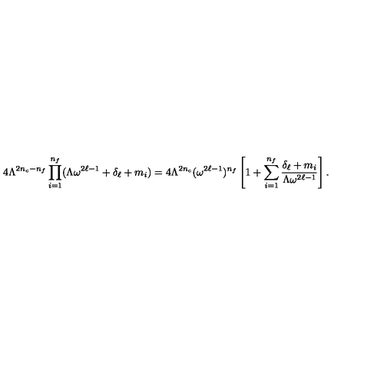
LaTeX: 4 \Lambda ^ { 2 n _ { c } - n _ { f } } \prod _ { i = 1 } ^ { n _ { f } } ( \Lambda \omega ^ { 2 \ell - 1 } + \delta _ { \ell } + m _ { i } ) = 4 \Lambda ^ { 2 n _ { c } } ( \omega ^ { 2 \ell - 1 } ) ^ { n _ { f } } \left[ 1 + \sum _ { i = 1 } ^ { n _ { f } } \frac { \delta _ { \ell } + m _ { i } } { \Lambda \omega ^ { 2 \ell - 1 } } \right] .